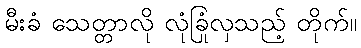
မီးခံ သေတ္တာလို လုံခြုံလှသည့် တိုက်။